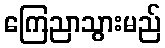
ကြေညာသွားမည်